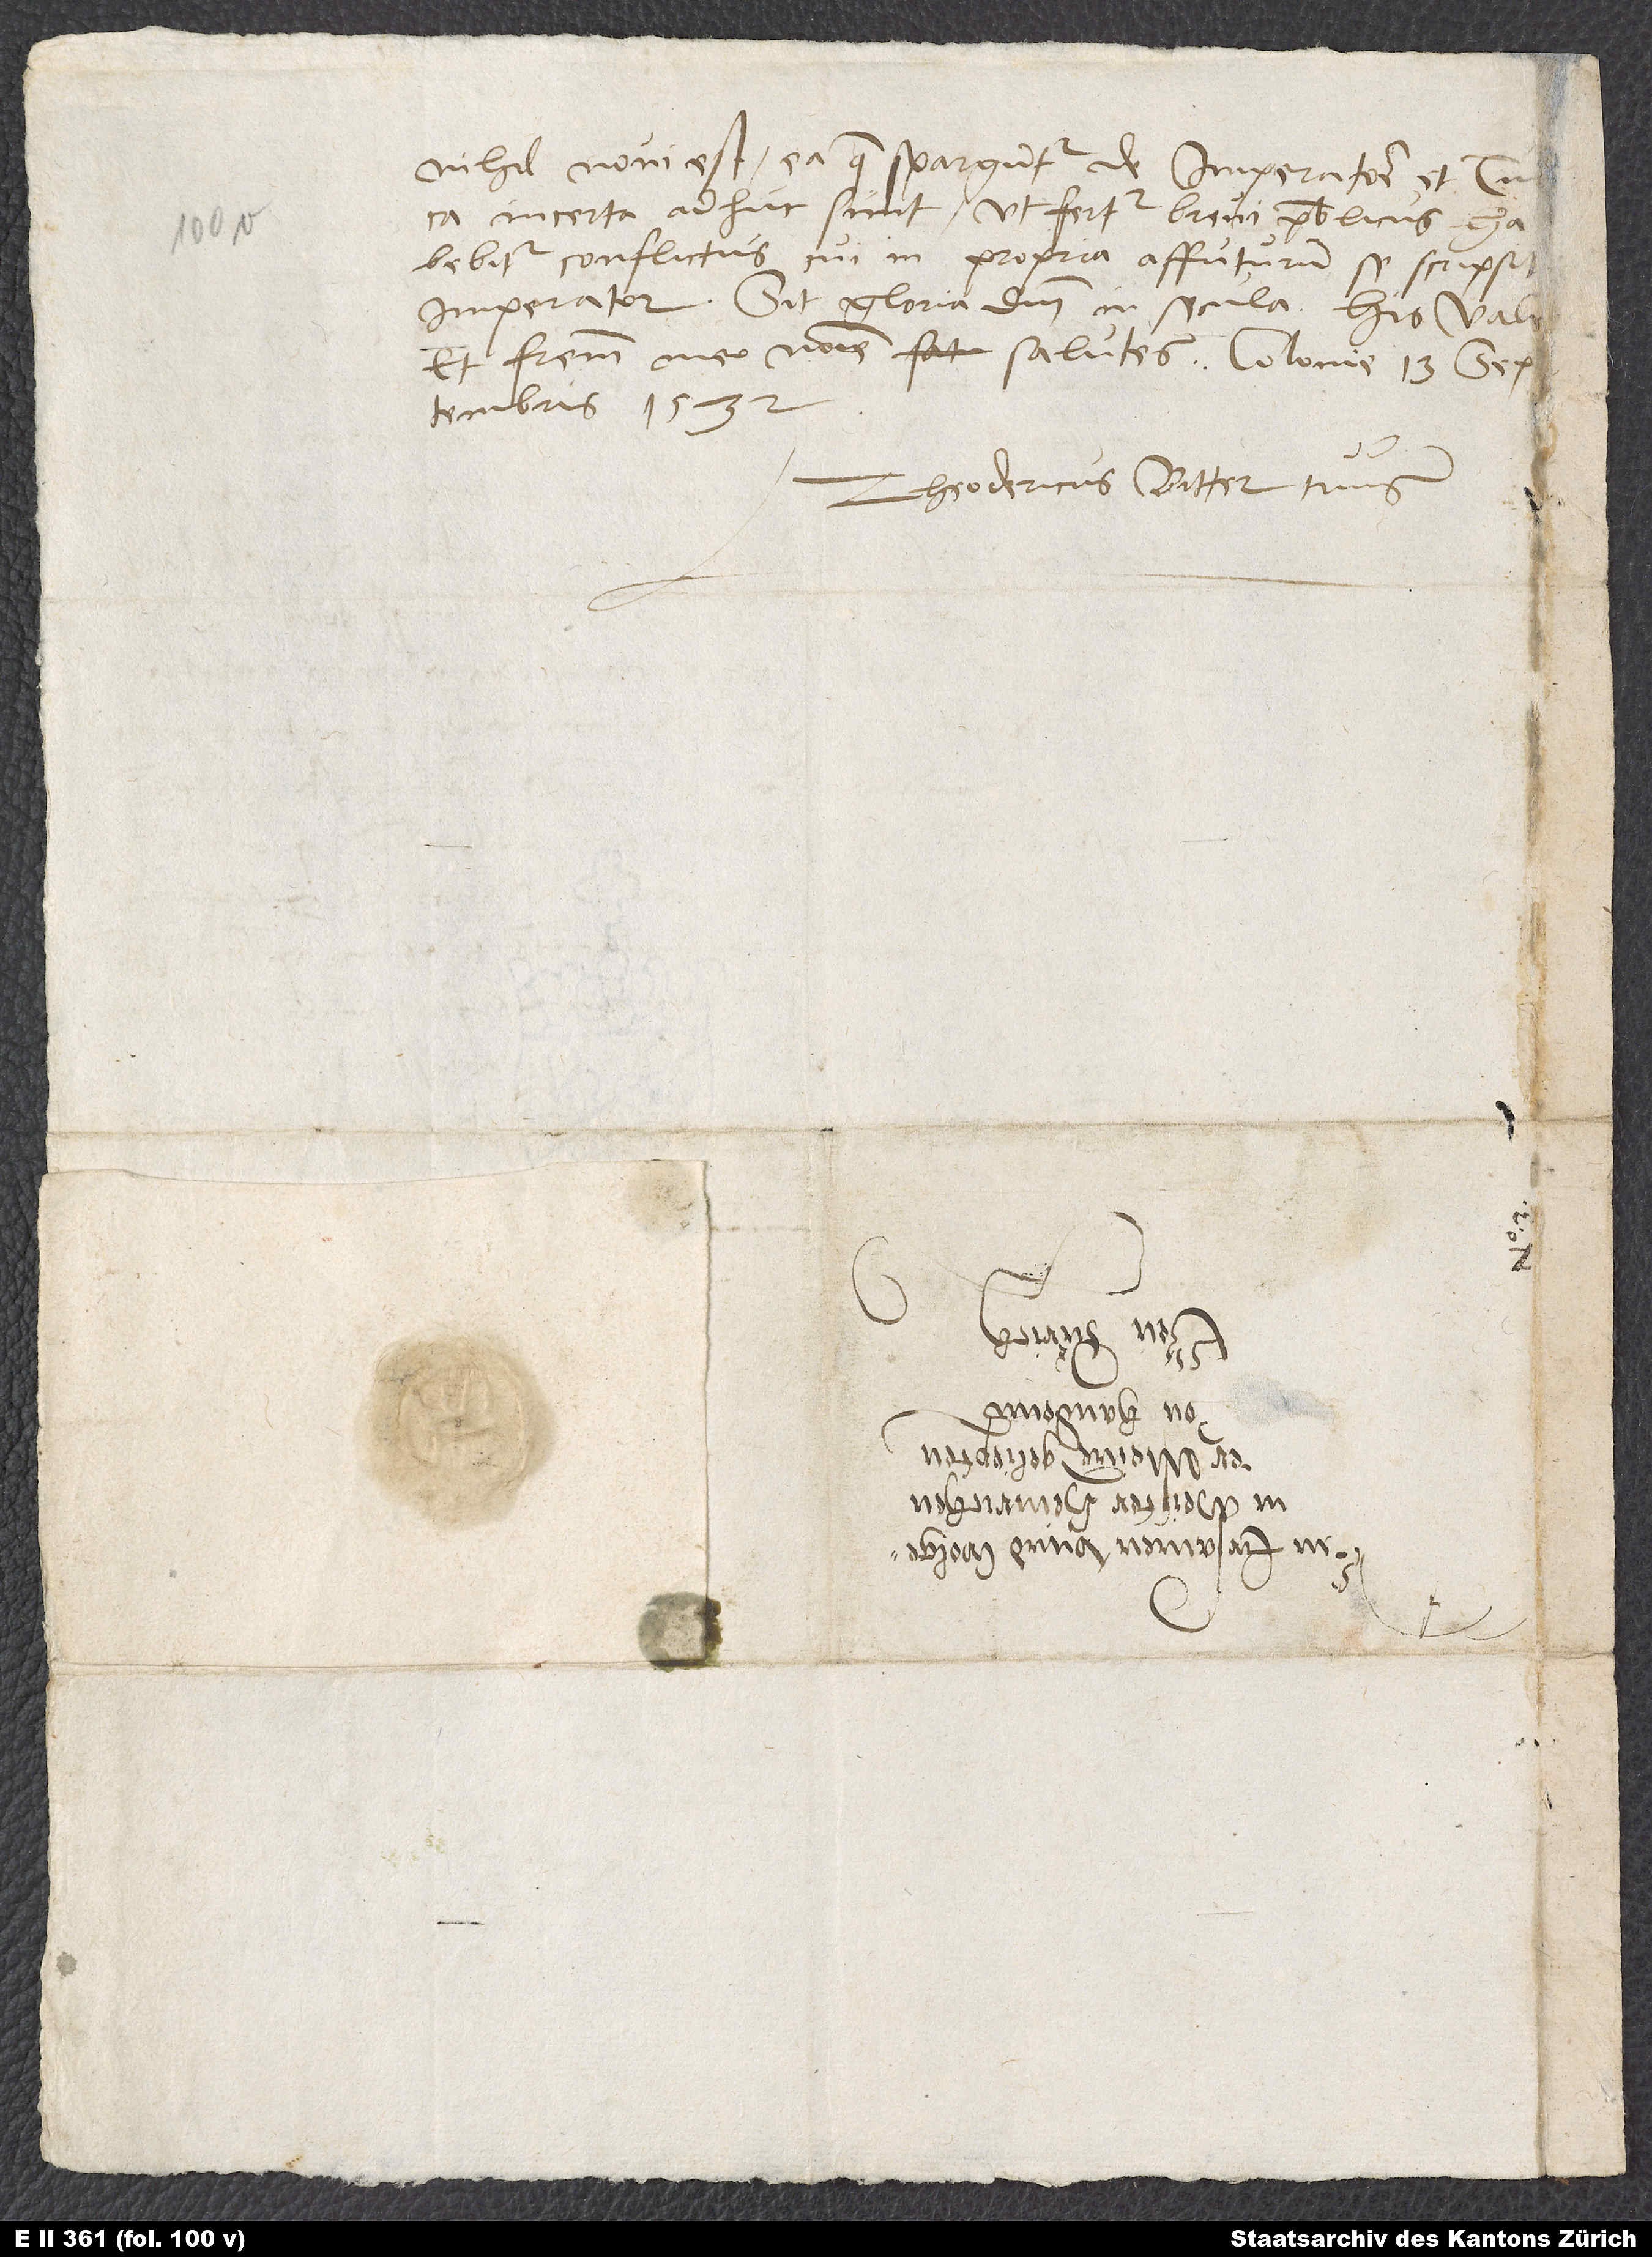
nihil novi est. Ea, quae sparguntur de imperatore et Turca,
incerta adhuc sunt. Ut fertur, brevi publicus
habebitur conflictus, cui in propria affuturum se scripsit
imperator. Sit gloria domini in secula. His vale
et fratrem meo nomine salutes. Colonie, 13. septembris
Theodericus Bitter tuus.